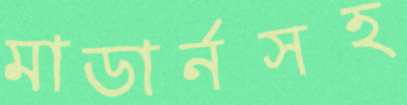
মাডার্নসহ